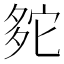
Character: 𡖟